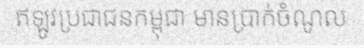
ឥឡូវប្រជាជនកម្ពុជា មានប្រាក់ចំណូល